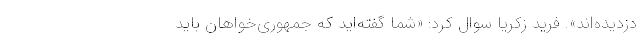
دزدیده‌اند». فرید زکریا سوال کرد: «شما گفته‌اید که جمهوری‌خواهان باید